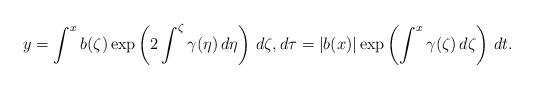
LaTeX: \begin{align*}y=\int^x b(\zeta)\exp\left(2\int^\zeta \gamma (\eta)\,d\eta\right)\,d\zeta, d\tau =|b(x)|\exp\left(\int^x \gamma (\zeta)\,d\zeta\right)\,dt. \end{align*}